Lunatic asylums Madras 1877-1891 - 1877-1891
Year: 1877
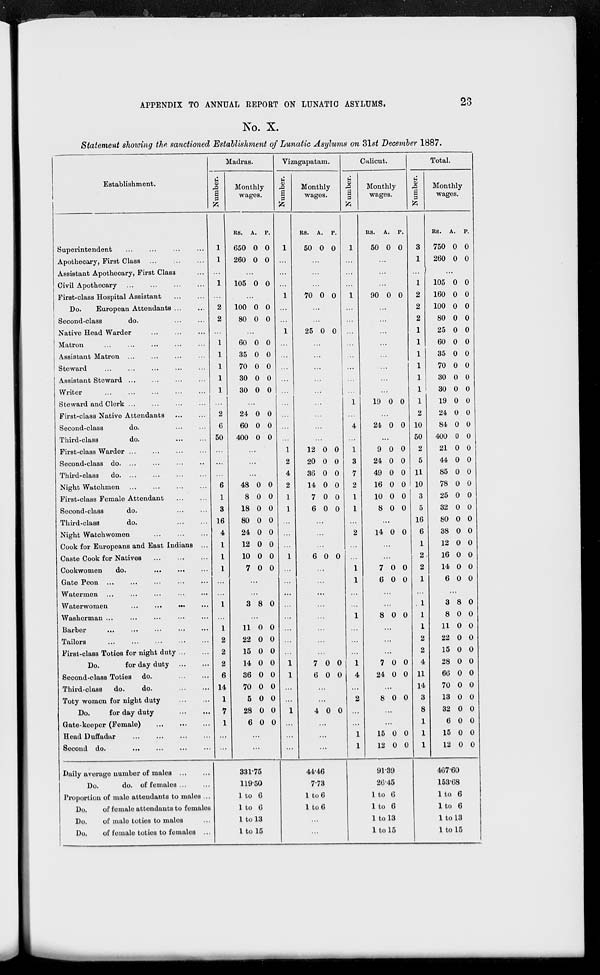
APPENDIX TO ANNUAL REPORT ON LUNATIC ASYLUMS.
23
No. X.
Statement showing the sanctioned Establishment of Lunatic Asylums on 31st December 1887.
Establishment.
Superintendent ... ... ... ...
Apothecary, First Class... ... ... ...
Assistant Apothecary, First Class...
Civil Apothecary... ... ... ...
First-class Hospital Assistant... ...
Do.
European Attendants ... ...
Second-class
do ... ...
Native Head Warder ... ... ...
Matron ... ... ... ...
Assistant Matron ... ... ... ...
Steward ... ... ... ...
Assistant Steward ... ... ... ...
Writer... ... ... ...
Steward and Clerk... ... ... ...
First-class Native Attendants ... ...
Second-class
do. ... ...
Third-class
do. ... ...
First-class Warder ... ... ... ...
Second-class do. ... ... ... ...
Third-class
do. ... ... ... ...
Night Watchmen... ... ... ...
First-class Female Attendant... ...
Second-class do.... ...
Third-class
do. ... ...
Night Watchwomen... ... ... ...
Cook for Europeans and East Indians ...
Caste Cook for Natives... ... ... ...
Cookwomen
do.
...
...
Gate Peon ... ... ... ...
Watermen... ... ... ...
Waterwomen
...
...
...
...
Washerman ... ... ... ...
Barber... ... ... ...
Tailors... ... ... ...
First-class Toties for night duty...
...
Do.
for day duty
...
....
Second-class Toties do.
...
...
Third-class
do.
do.
...
...
Toty womon for night duty
...
...
Do.
for day duty
...
...
Gate-keeper (Female)
...
...
...
Head Duffadar
...
...
...
...
Second do. ... ... ... ...
Daily average number of males ...
Do.
do. of females ...
Proportion of male attendants to males ...
Do.
of female attendants to females
Do.
of male toties to males...
Do.
of female toties to females ...
Madras.
Number.
1
1
...
1
...
2
2
...
1
1
1
1
1
...
2
6
50
...
...
...
6
1
3
16
4
1
1
1
...
...
1
...
1
2
2
2
6
14
1
7
1
...
...
Monthly
wages.
RS.
650
260
A.
0
0
P.
0
0
...
105 0 0
...
100
80
0
0
0
0
...
60
35
70
30
30
0
0
0
0
0
0
0
0
0
0
...
24
60
400
0
0
0
0
0
0
...
...
...
48
8
18
80
24
12
10
7
0
0
0
0
0
0
0
0
0
0
0
0
0
0
0
0
...
...
3 8 0
...
11
22
15
14
36
70
5
28
6
0
0
0
0
0
0
0
0
0
0
0
0
0
0
0
0
0
0
...
...
331.75
119.50
1 to 6
1 to 6
1 to 13
l to l5
Vizagapatam.
Number.
1
...
...
...
1
...
...
1
...
...
...
...
...
...
...
...
...
1
2
4
2
1
1
...
...
...
1
...
...
...
...
...
...
...
...
1
1
...
...
1
...
...
...
Monthly
wages.
RS.
50
A.
0
P.
0
...
...
...
70 0 0
...
...
25 0 0
...
...
...
...
...
...
...
...
...
12
20
36
14
7
6
0
0
0
0
0
0
0
0
0
0
0
0
...
...
...
6 0 0
...
...
...
...
...
...
...
...
7
6
0
0
0
0
...
...
4 0 0
...
...
...
44.46
7.73
1 to 6
1 to 6
...
...
Calicut.
Number.
1
...
...
...
1
...
...
...
...
...
...
...
...
1
...
4
...
1
3
7
2
1
1
...
2
...
...
1
1
...
...
1
...
...
...
1
4
...
2
...
...
1
1
Monthly
wages.
RS.
50
A.
0
P.
0
...
...
...
90 0 0
...
...
...
...
...
...
...
...
19 0 0
...
24 0 0
...
9
24
49
16
10
8
0
0
0
0
0
0
0
0
0
0
0
0
...
14 0 0
...
...
7
6
0
0
0
0
...
...
8 0 0
...
...
...
7
24
0
0
0
0
...
8 0 0
...
...
15
12
0
0
0
0
91.39
26.45
1 to 6
1 to 6
1 to 13
1 to 15
Total.
Number.
3
1
...
1
2
2
2
1
1
1
1
1
1
1
2
10
50
2
5
11
10
3
5
16
6
1
2
2
1
...
1
1
1
2
2
4
11
14
3
8
1
1
1
Monthly
wages.
RS.
750
260
A.
0
0
P.
0
0
...
105
160
100
80
25
60
35
70
30
30
19
24
84
400
21
44
85
78
25
32
80
38
12
16
14
6
0
0
0
0
0
0
0
0
0
0
0
0
0
0
0
0
0
0
0
0
0
0
0
0
0
0
0
0
0
0
0
0
0
0
0
0
0
0
0
0
0
0
0
0
0
0
0
0
0
0
0
0
...
3
8
11
22
15
28
60
70
13
32
6
15
12
8
0
0
0
0
0
0
0
0
0
0
0
0
0
0
0
0
0
0
0
0
0
0
0
0
0
467.60
153.68
1 to 6
l to 6
1 to 13
1 to 15